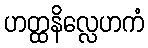
ဟတ္ထနိလ္လေဟကံ